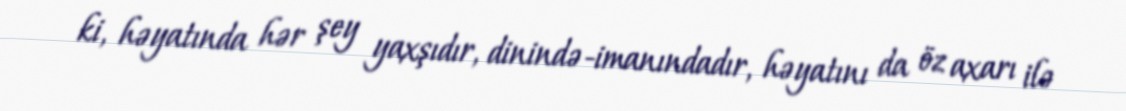
ki, həyatında hər şey yaxşıdır, dinində-imanındadır, həyatını da öz axarı ilə